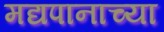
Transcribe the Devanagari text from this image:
मद्यपानाच्या